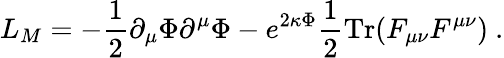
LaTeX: L_{M}=-\frac{1}{2}\partial_{\mu}\Phi\partial^{\mu}\Phi-e^{2\kappa\Phi}\frac{1}{2}\mathrm{Tr}(F_{\mu\nu}F^{\mu\nu})\ .